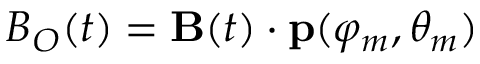
B _ { O } ( t ) = { \bf B } ( t ) \cdot { \bf p } ( \varphi _ { m } , \theta _ { m } )